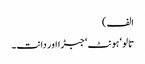
الف)
تالو‘ ہونٹ‘ جبڑا اور دانت۔